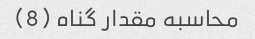
محاسبه مقدار گناه (8)